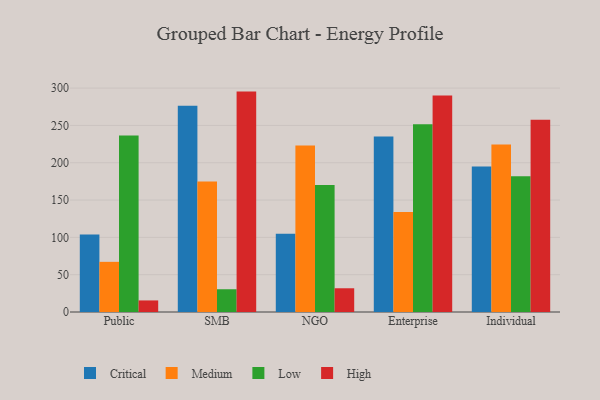
{"axis": {"x": "Segment", "y": "Website Visitors"}, "legend": ["Critical", "High", "Low", "Medium"], "data": [{"x": "Public", "y": 103.9, "type": "Critical"}, {"x": "Public", "y": 67.2, "type": "Medium"}, {"x": "Public", "y": 236.5, "type": "Low"}, {"x": "Public", "y": 15.5, "type": "High"}, {"x": "SMB", "y": 276.5, "type": "Critical"}, {"x": "SMB", "y": 174.8, "type": "Medium"}, {"x": "SMB", "y": 30.5, "type": "Low"}, {"x": "SMB", "y": 295.3, "type": "High"}, {"x": "NGO", "y": 104.8, "type": "Critical"}, {"x": "NGO", "y": 223.0, "type": "Medium"}, {"x": "NGO", "y": 170.0, "type": "Low"}, {"x": "NGO", "y": 31.8, "type": "High"}, {"x": "Enterprise", "y": 235.2, "type": "Critical"}, {"x": "Enterprise", "y": 133.9, "type": "Medium"}, {"x": "Enterprise", "y": 251.7, "type": "Low"}, {"x": "Enterprise", "y": 290.1, "type": "High"}, {"x": "Individual", "y": 195.1, "type": "Critical"}, {"x": "Individual", "y": 224.5, "type": "Medium"}, {"x": "Individual", "y": 181.9, "type": "Low"}, {"x": "Individual", "y": 257.6, "type": "High"}]}